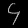
Digit: ၄